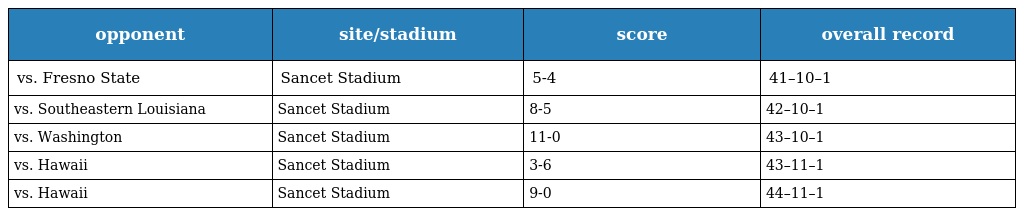
| opponent | site/stadium | score | overall record |
 | --- | --- | --- | --- |
 | vs. Fresno State | Sancet Stadium | 5-4 | 41–10–1 |
 | vs. Southeastern Louisiana | Sancet Stadium | 8-5 | 42–10–1 |
 | vs. Washington | Sancet Stadium | 11-0 | 43–10–1 |
 | vs. Hawaii | Sancet Stadium | 3-6 | 43–11–1 |
 | vs. Hawaii | Sancet Stadium | 9-0 | 44–11–1 |